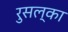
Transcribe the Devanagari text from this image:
रुसल्का